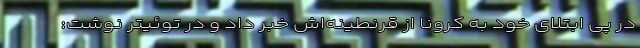
در پی ابتلای خود به کرونا از قرنطینه‌اش خبر داد و در توئیتر نوشت: